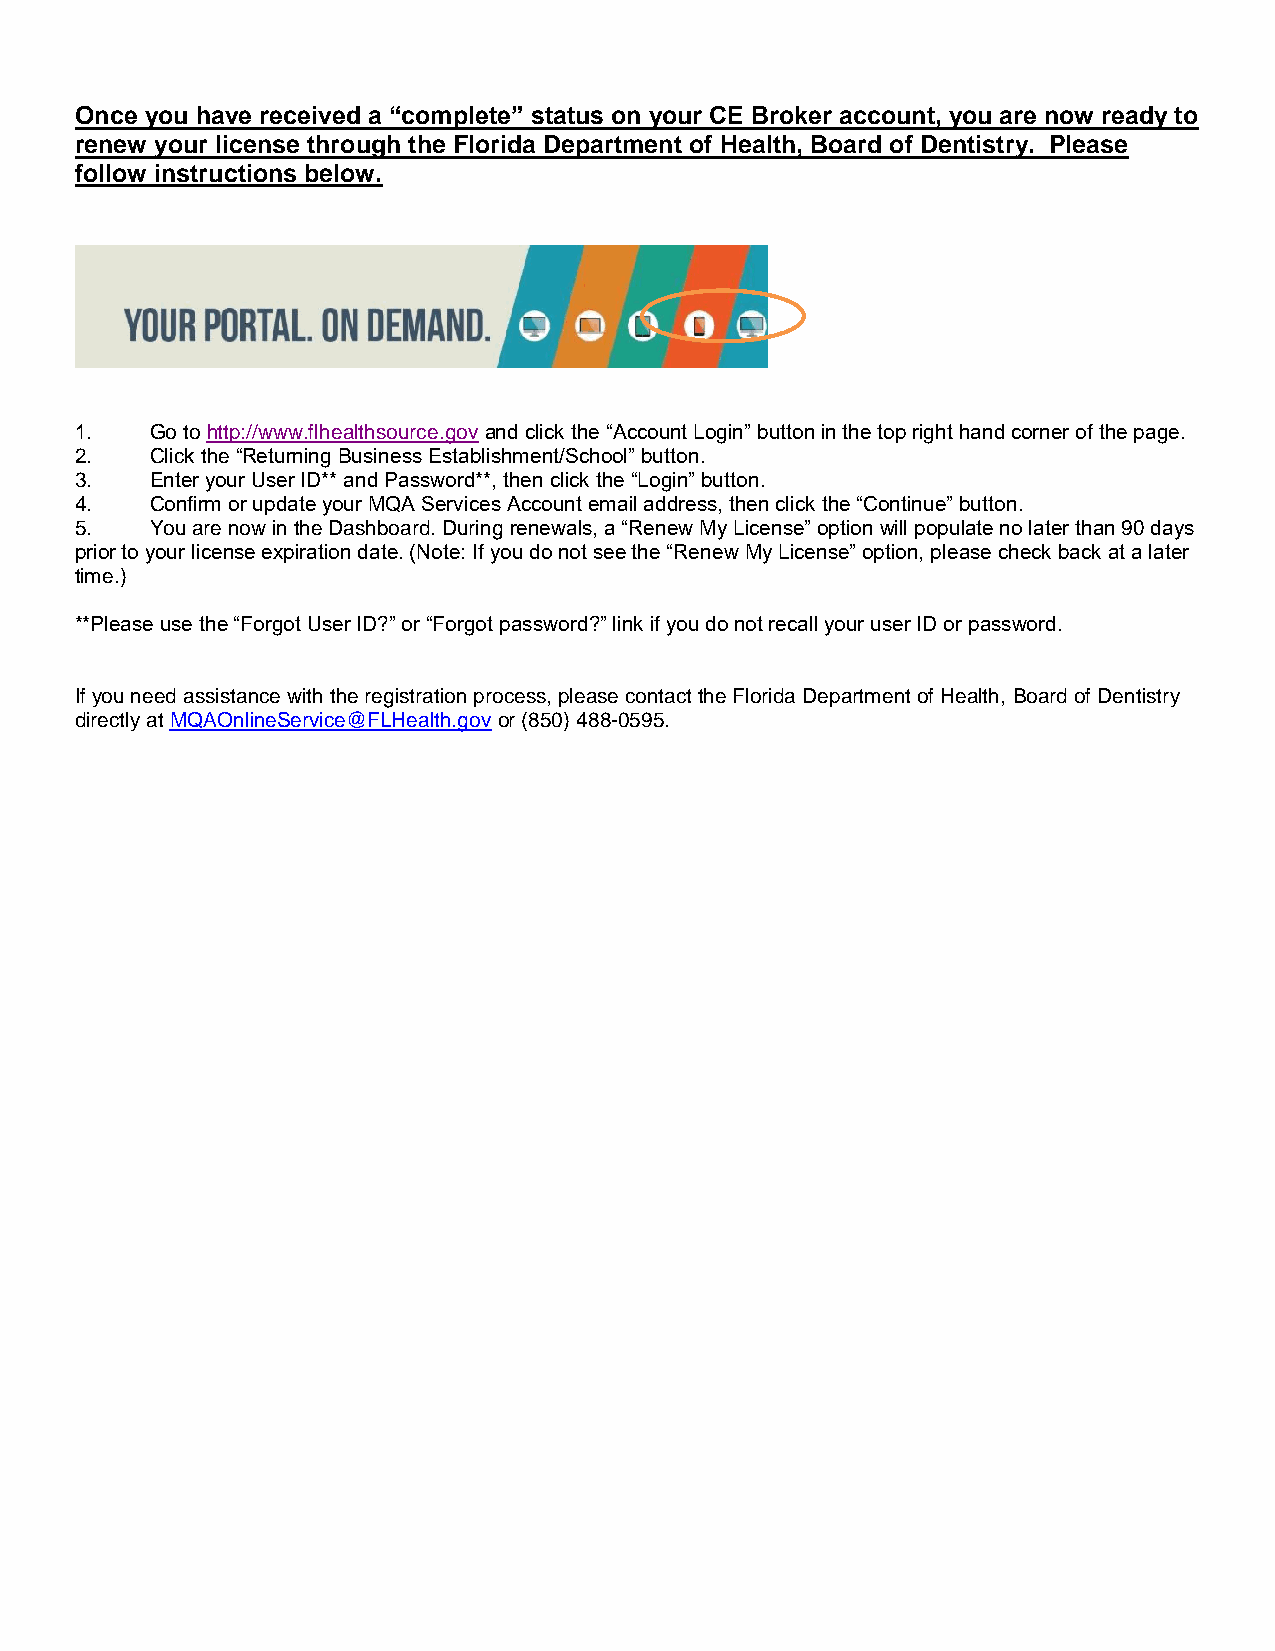
Once you have received a “complete” status on your CE Broker account, you are now ready to
 renew your license through the Florida Department of Health, Board of Dentistry. Please
 follow instructions below.
 1.   Go to http://www.flhealthsource.gov and click the “Account Login” button in the top right hand corner of the page.
 2.   Click the “Returning Business Establishment/School” button.
 3.   Enter your User ID** and Password**, then click the “Login” button.
 4.   Confirm or update your MQA Services Account email address, then click the “Continue” button.
 5.   You are now in the Dashboard. During renewals, a “Renew My License” option will populate no later than 90 days
 prior to your license expiration date. (Note: If you do not see the “Renew My License” option, please check back at a later
 time.)
 **Please use the “Forgot User ID?” or “Forgot password?” link if you do not recall your user ID or password.
 If you need assistance with the registration process, please contact the Florida Department of Health, Board of Dentistry
 directly at MQAOnlineService@FLHealth.gov or (850) 488-0595.